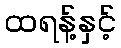
ထရန့်နှင့်